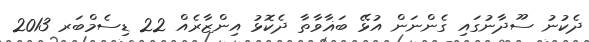
ދެކުނު ސޫދާނުގައި ގެންނަން އުޅޭ ބަޣާވާތާ ދެކޮޅު އިންޒާރެއް 22 ޑިސެމްބަރ 2013